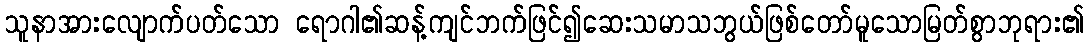
သူနာအားလျောက်ပတ်သော ရောဂါ၏ဆန့်ကျင်ဘက်ဖြင်၍ဆေးသမာသဘွယ်ဖြစ်တော်မူသောမြတ်စွာဘုရား၏